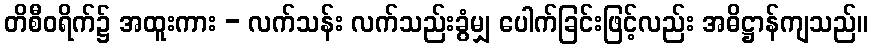
တိစီဝရိက်၌ အထူးကား - လက်သန်း လက်သည်းခွံမျှ ပေါက်ခြင်းဖြင့်လည်း အဓိဋ္ဌာန်ကျသည်။